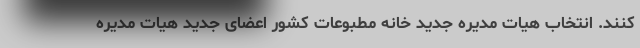
کنند. انتخاب هیات مدیره جدید خانه مطبوعات کشور اعضای جدید هیات مدیره